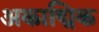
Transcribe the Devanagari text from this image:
अकाद्मिक